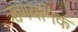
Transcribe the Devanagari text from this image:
ऋणयनिक